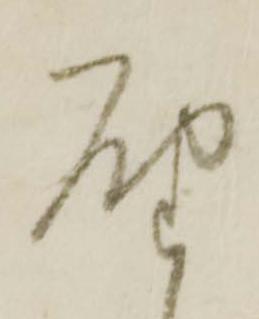
届